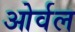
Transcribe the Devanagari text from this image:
ओर्वल